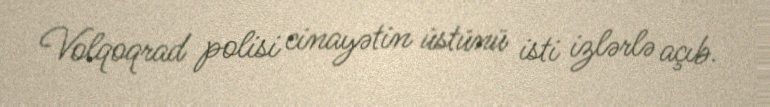
Volqoqrad polisi cinayətin üstünü isti izlərlə açıb.